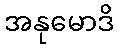
အနုမောဒိ